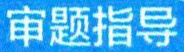
审题指导